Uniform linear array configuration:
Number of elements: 4
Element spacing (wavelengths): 0.25
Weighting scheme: uniform
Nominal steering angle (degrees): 15
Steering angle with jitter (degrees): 15.659
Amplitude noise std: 0.05
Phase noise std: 0.05

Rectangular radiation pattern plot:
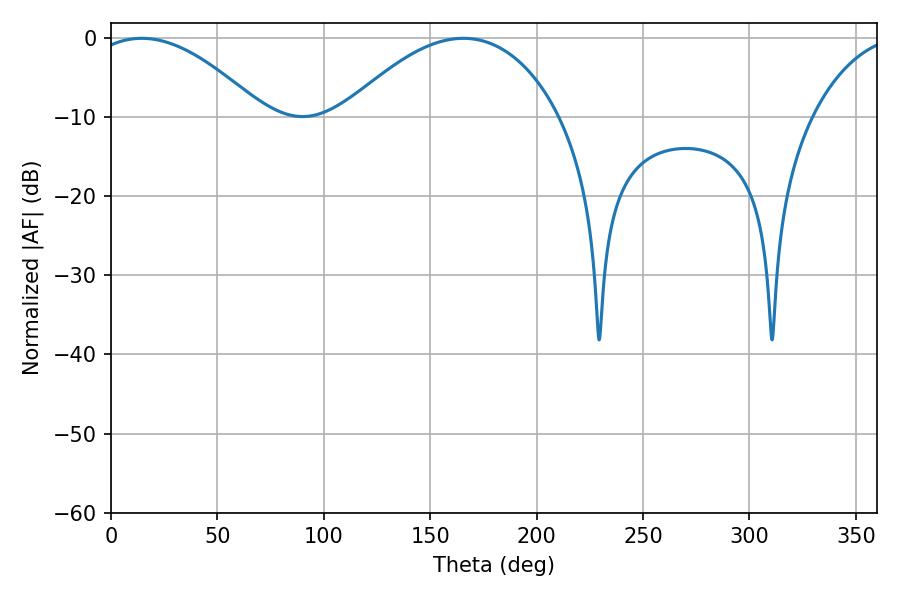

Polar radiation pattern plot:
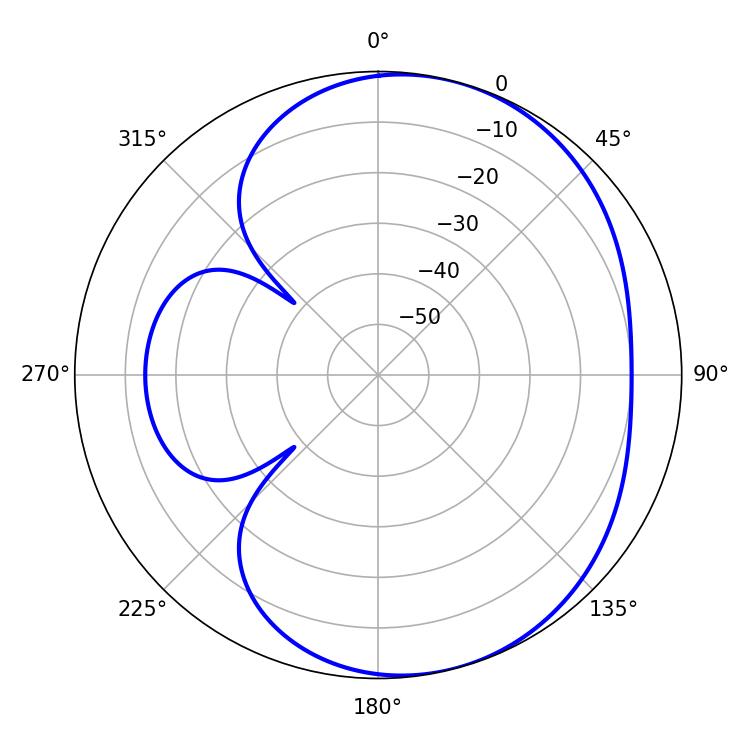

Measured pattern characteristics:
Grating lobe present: FALSE
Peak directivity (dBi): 5.039
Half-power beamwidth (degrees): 44.82
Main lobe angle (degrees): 14.4